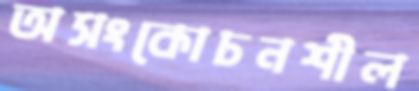
অসংকোচনশীল